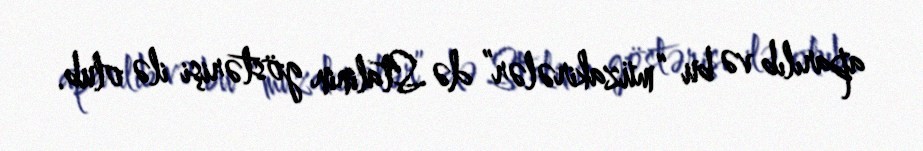
aparılıb və bu “müzakirələr” də Stalinin göstərişi ilə olub.